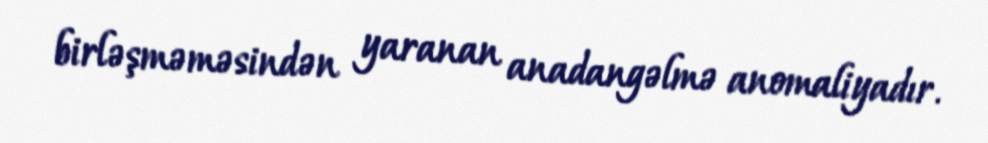
birləşməməsindən yaranan anadangəlmə anomaliyadır.